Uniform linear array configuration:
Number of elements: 32
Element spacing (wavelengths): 0.25
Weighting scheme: kaiser
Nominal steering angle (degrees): -60
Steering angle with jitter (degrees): -61.425
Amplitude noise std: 0.05
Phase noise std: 0.05

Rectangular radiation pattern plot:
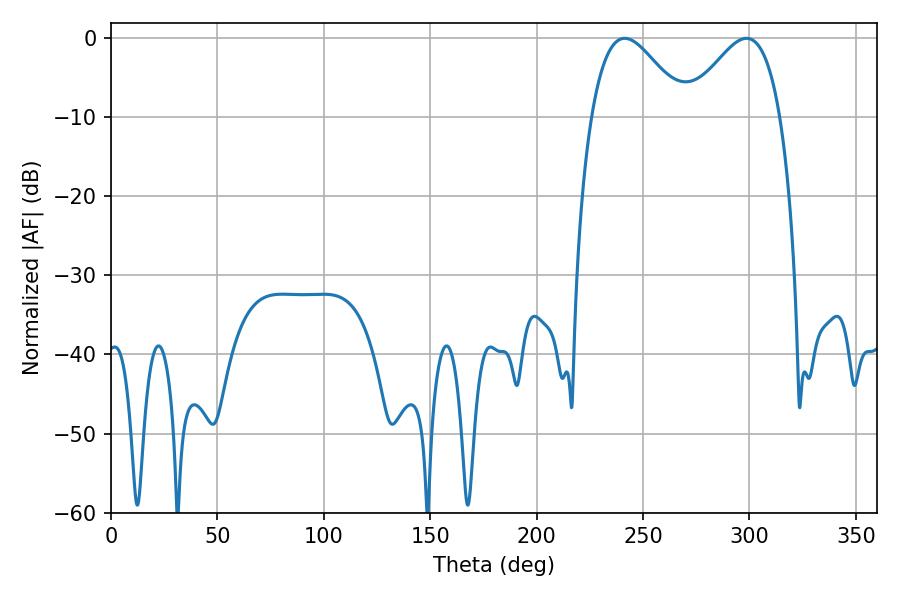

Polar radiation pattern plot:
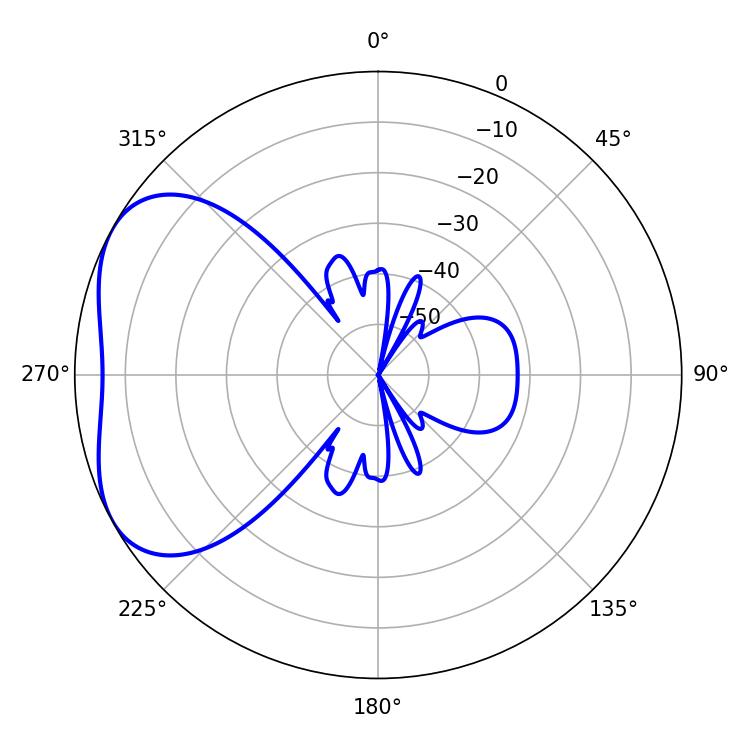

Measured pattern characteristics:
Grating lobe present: FALSE
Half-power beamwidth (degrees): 23.58
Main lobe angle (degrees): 241.38